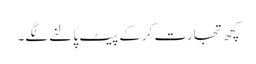
کچھ تجارت کرکے پیٹ پالنے لگے۔